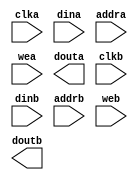
module AutoCorr_mem_1(
	clka,
	dina,
	addra,
	wea,
	douta,
	clkb,
	dinb,
	addrb,
	web,
	doutb);


input clka;
input [15 : 0] dina;
input [8 : 0] addra;
input [0 : 0] wea;
output [15 : 0] douta;
input clkb;
input [15 : 0] dinb;
input [8 : 0] addrb;
input [0 : 0] web;
output [15 : 0] doutb;

// synthesis translate_off

      BLK_MEM_GEN_V2_4 #(
		.C_ADDRA_WIDTH(9),
		.C_ADDRB_WIDTH(9),
		.C_ALGORITHM(1),
		.C_BYTE_SIZE(9),
		.C_COMMON_CLK(0),
		.C_DEFAULT_DATA("0"),
		.C_DISABLE_WARN_BHV_COLL(0),
		.C_DISABLE_WARN_BHV_RANGE(0),
		.C_FAMILY("virtex5"),
		.C_HAS_ENA(0),
		.C_HAS_ENB(0),
		.C_HAS_MEM_OUTPUT_REGS(0),
		.C_HAS_MUX_OUTPUT_REGS(0),
		.C_HAS_REGCEA(0),
		.C_HAS_REGCEB(0),
		.C_HAS_SSRA(0),
		.C_HAS_SSRB(0),
		.C_INIT_FILE_NAME("no_coe_file_loaded"),
		.C_LOAD_INIT_FILE(0),
		.C_MEM_TYPE(2),
		.C_PRIM_TYPE(1),
		.C_READ_DEPTH_A(320),
		.C_READ_DEPTH_B(320),
		.C_READ_WIDTH_A(16),
		.C_READ_WIDTH_B(16),
		.C_SIM_COLLISION_CHECK("ALL"),
		.C_SINITA_VAL("0"),
		.C_SINITB_VAL("0"),
		.C_USE_BYTE_WEA(0),
		.C_USE_BYTE_WEB(0),
		.C_USE_DEFAULT_DATA(1),
		.C_USE_ECC(0),
		.C_USE_RAMB16BWER_RST_BHV(0),
		.C_WEA_WIDTH(1),
		.C_WEB_WIDTH(1),
		.C_WRITE_DEPTH_A(320),
		.C_WRITE_DEPTH_B(320),
		.C_WRITE_MODE_A("READ_FIRST"),
		.C_WRITE_MODE_B("WRITE_FIRST"),
		.C_WRITE_WIDTH_A(16),
		.C_WRITE_WIDTH_B(16),
		.C_XDEVICEFAMILY("virtex5"))
	inst (
		.CLKA(clka),
		.DINA(dina),
		.ADDRA(addra),
		.WEA(wea),
		.DOUTA(douta),
		.CLKB(clkb),
		.DINB(dinb),
		.ADDRB(addrb),
		.WEB(web),
		.DOUTB(doutb),
		.ENA(),
		.REGCEA(),
		.SSRA(),
		.ENB(),
		.REGCEB(),
		.SSRB(),
		.DBITERR(),
		.SBITERR());


// synthesis translate_on

endmodule